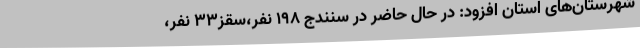
شهرستان‌های استان افزود: در حال حاضر در سنندج 198 نفر،سقز33 نفر،